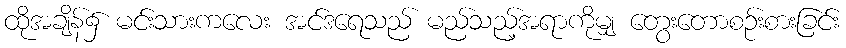
ထိုအချိန်၌ မင်းသားကလေး အင်ဒရေသည် မည်သည့်အရာကိုမျှ တွေးတောစဉ်းစားခြင်း